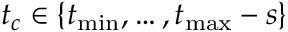
t _ { c } \in \{ t _ { \operatorname* { m i n } } , \dots , t _ { \operatorname* { m a x } } - s \}